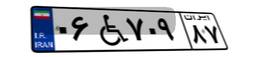
۰۶W۷۰۹۸۷